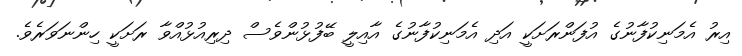
އިރު އެމަނިކުފާނުގެ އުފަންރަށަކީ އަދި އެމަނިކުފާނުގެ އާއިލީ ބޭފުޅުންވެސް ދިރިއުޅުއްވާ ރަށަކީ ހިންނަވަރެވެ.